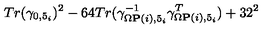
T r ( \gamma _ { 0 , 5 _ { i } } ) ^ { 2 } - 6 4 T r ( \gamma _ { \Omega { \bf P } ( i ) , 5 _ { i } } ^ { - 1 } \gamma _ { \Omega { \bf P } ( i ) , 5 _ { i } } ^ { T } ) + 3 2 ^ { 2 }